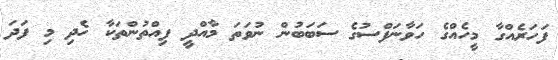
ފަހަރެއްގާ މީހެއްގެ ހަވާނަފްސުގެ ސަބަބުން ނުވަތަ މާއްދީ ފިއްތުންތަކާ ހެދި މި ފަދަ